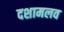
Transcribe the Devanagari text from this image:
दशामलव